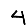
Digit: 4